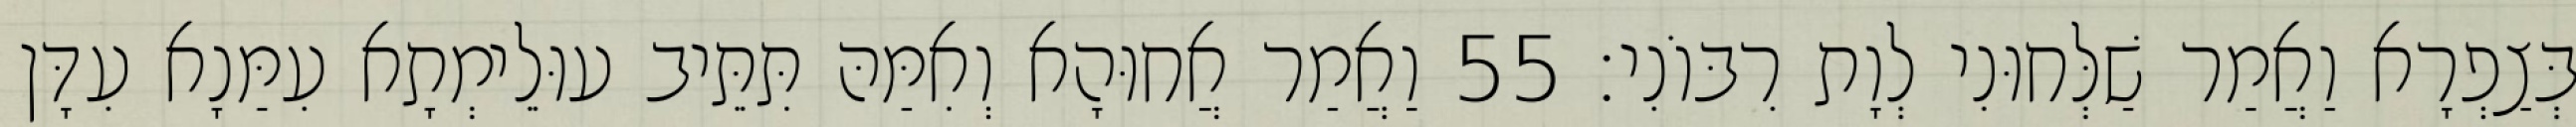
בְּצַפְרָא וַאֲמַר שַׁלְּחוּנִי לְוָת רִבּוֹנִי׃ 55 וַאֲמַר אֲחוּהָא וְאִמַּהּ תִּתֵּיב עוּלֵימְתָא עִמַּנָא עִדָּן